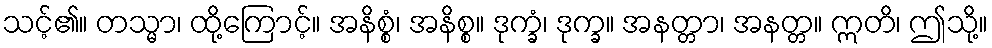
သင့်၏။ တသ္မာ၊ ထို့ကြောင့်။ အနိစ္စံ၊ အနိစ္စ။ ဒုက္ခံ၊ ဒုက္ခ။ အနတ္တာ၊ အနတ္တ။ ဣတိ၊ ဤသို့။